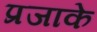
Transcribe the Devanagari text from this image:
प्रजाके